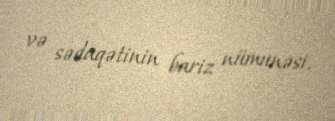
və sədaqətinin bariz nümunəsi.